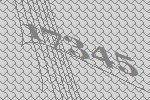
17345